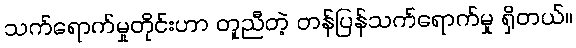
သက်ရောက်မှုတိုင်းဟာ တူညီတဲ့ တန်ပြန်သက်ရောက်မှု ရှိတယ်။